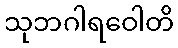
သုဘဂါရဝေါတိ